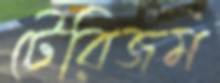
টেরিজম